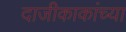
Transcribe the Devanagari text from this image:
दाजीकाकांच्या